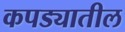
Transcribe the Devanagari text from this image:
कपड्यातील